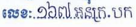
លេខៈ ១៦៧ អនក្រ.បក